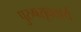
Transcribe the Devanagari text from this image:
पुरुषसूक्तार्थ